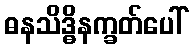
ဓနသိဒ္ဓိနက္ခတ်ပေါ်